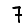
Digit: 7